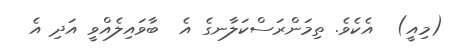
(މިއީ)  އެކެވެ. ތިމަންރަސްކަލާނގެ އެ  ބާވައިލެއްވީ އަދި އެ